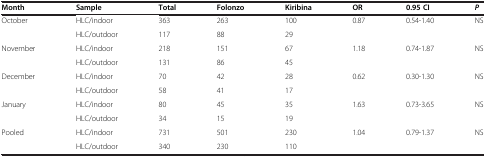
<table><thead><tr><td><b>Month</b></td><td><b>Sample</b></td><td><b>Total</b></td><td><b>Folonzo</b></td><td><b>Kiribina</b></td><td><b>OR</b></td><td><b>0.95 CI</b></td><td><b><i>P</i></b></td></tr></thead><tbody><tr><td>October</td><td>HLC/indoor</td><td>363</td><td>263</td><td>100</td><td>0.87</td><td>0.54-1.40</td><td>NS</td></tr><tr><td>[EMPTY_CELL]</td><td>HLC/outdoor</td><td>117</td><td>88</td><td>29</td><td>[EMPTY_CELL]</td><td>[EMPTY_CELL]</td><td>[EMPTY_CELL]</td></tr><tr><td>November</td><td>HLC/indoor</td><td>218</td><td>151</td><td>67</td><td>1.18</td><td>0.74-1.87</td><td>NS</td></tr><tr><td>[EMPTY_CELL]</td><td>HLC/outdoor</td><td>131</td><td>86</td><td>45</td><td>[EMPTY_CELL]</td><td>[EMPTY_CELL]</td><td>[EMPTY_CELL]</td></tr><tr><td>December</td><td>HLC/indoor</td><td>70</td><td>42</td><td>28</td><td>0.62</td><td>0.30-1.30</td><td>NS</td></tr><tr><td>[EMPTY_CELL]</td><td>HLC/outdoor</td><td>58</td><td>41</td><td>17</td><td>[EMPTY_CELL]</td><td>[EMPTY_CELL]</td><td>[EMPTY_CELL]</td></tr><tr><td>January</td><td>HLC/indoor</td><td>80</td><td>45</td><td>35</td><td>1.63</td><td>0.73-3.65</td><td>NS</td></tr><tr><td>[EMPTY_CELL]</td><td>HLC/outdoor</td><td>34</td><td>15</td><td>19</td><td>[EMPTY_CELL]</td><td>[EMPTY_CELL]</td><td>[EMPTY_CELL]</td></tr><tr><td>Pooled</td><td>HLC/indoor</td><td>731</td><td>501</td><td>230</td><td>1.04</td><td>0.79-1.37</td><td>NS</td></tr><tr><td>[EMPTY_CELL]</td><td>HLC/outdoor</td><td>340</td><td>230</td><td>110</td><td>[EMPTY_CELL]</td><td>[EMPTY_CELL]</td><td>[EMPTY_CELL]</td></tr></tbody></table>